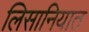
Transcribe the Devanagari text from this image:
लिसानियात